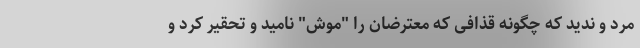
مُرد و ندید که چگونه قذافی که معترضان را "موش" نامید و تحقیر کرد و